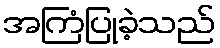
အကြံပြုခဲ့သည်